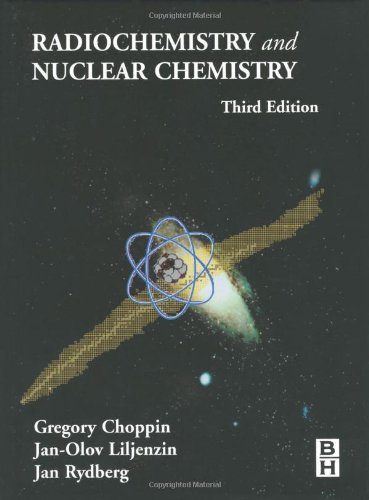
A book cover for Radiochemistry and Nuclear Chemistry, Third Edition; Gregory Choppin; Science & Math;